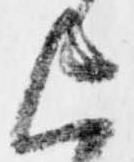
上